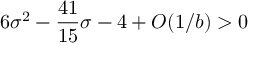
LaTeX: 6 \sigma ^ { 2 } - { \frac { 4 1 } { 1 5 } } \sigma - 4 + O ( 1 / { { b } } ) > 0